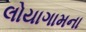
લોયાગામના